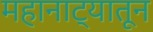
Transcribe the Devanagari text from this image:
महानाट्यातून